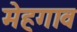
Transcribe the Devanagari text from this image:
मेहगाव